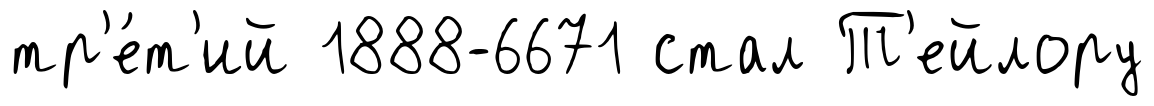
тр'е́т'ий 1888-6671 стал Т'ейлору